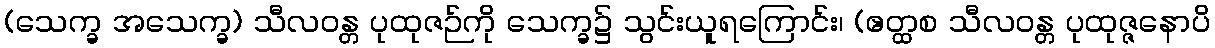
(သေက္ခ အသေက္ခ) သီလဝန္တ ပုထုဇဉ်ကို သေက္ခ၌ သွင်းယူရကြောင်း၊ (ဧတ္ထစ သီလဝန္တ ပုထုဇ္ဇနောပိ